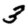
Digit: 3